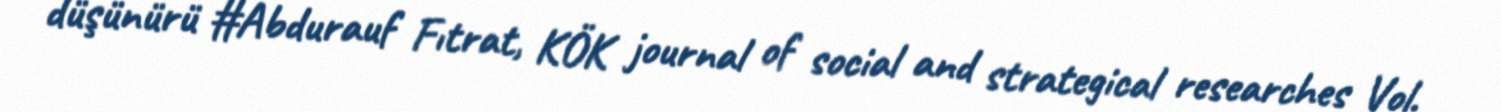
düşünürü #Abdurauf Fıtrat, KÖK journal of social and strategical researches Vol.